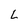
Character: L